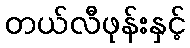
တယ်လီဖုန်းနှင့်